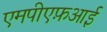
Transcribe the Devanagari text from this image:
एमपीएफ़आई